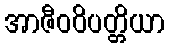
အာဇီဝဝိပတ္တိယာ